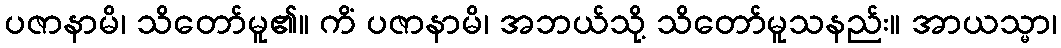
ပဇာနာမိ၊ သိတော်မူ၏။ ကိံ ပဇာနာမိ၊ အဘယ်သို့ သိတော်မူသနည်း။ အာယသ္မာ၊